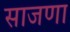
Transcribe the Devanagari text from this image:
साजणा